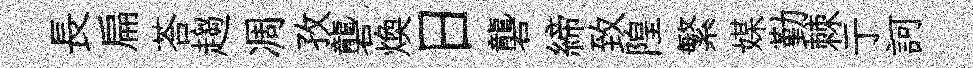
長扁荅趨凋孜礱煥日礱締致隍繁媒勤棘亍訶